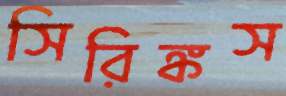
সিরিঙ্কস